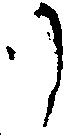
リ